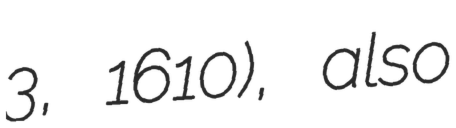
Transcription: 3, 1610), also